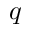
q